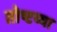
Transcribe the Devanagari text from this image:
तोष्टय्या